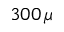
3 0 0 \, \mu